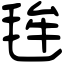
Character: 毪